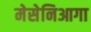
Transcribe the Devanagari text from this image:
मेसेनिआगा